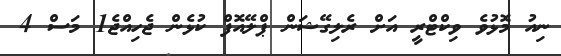
ނިއު މޮޅުވެ ވިކްޓްރީ އަށް ރެލިގޭޝަން ޕްލޭއޮފް ކުޅެން ޖެހިއްޖެ1 މަސް 4